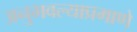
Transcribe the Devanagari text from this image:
अनुभवल्याप्रमाणे